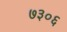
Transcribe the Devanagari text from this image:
७३०६